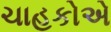
ચાહકોએ